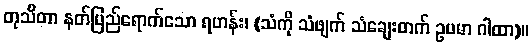
တုသိတာ နတ်ပြည်ရောက်သော ရဟန်း၊ (သံကို သံဖျက် သံချေးတက် ဥပမာ ဂါထာ)။